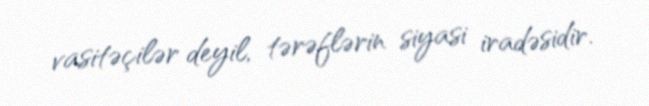
vasitəçilər deyil, tərəflərin siyasi iradəsidir.